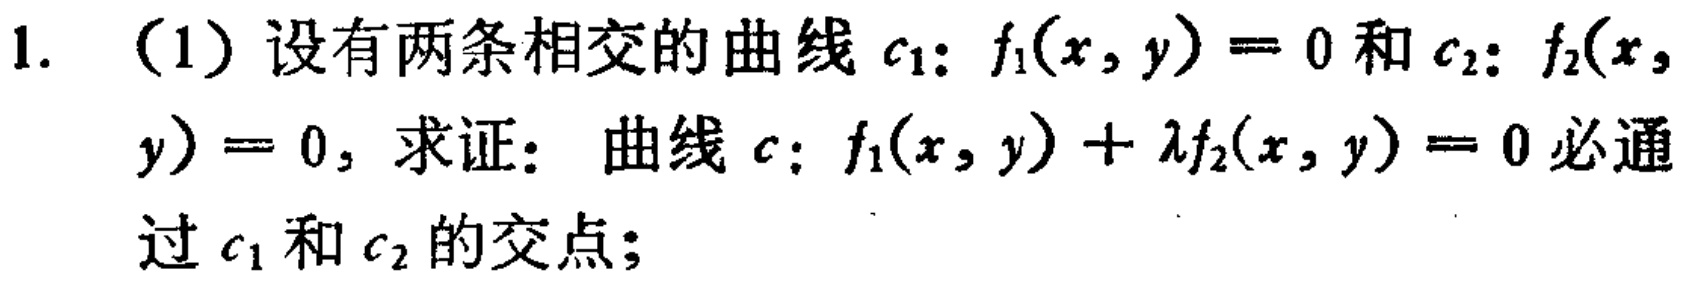
1. （1）设有两条相交的曲线\(c_1: f_1(x,y)=0\)和\(c_2: f_2(x,y)=0\)，求证： 曲线\(c: f_1(x,y)+\lambda f_2(x,y)=0\)必通过\(c_1\)和\(c_2\)的交点；